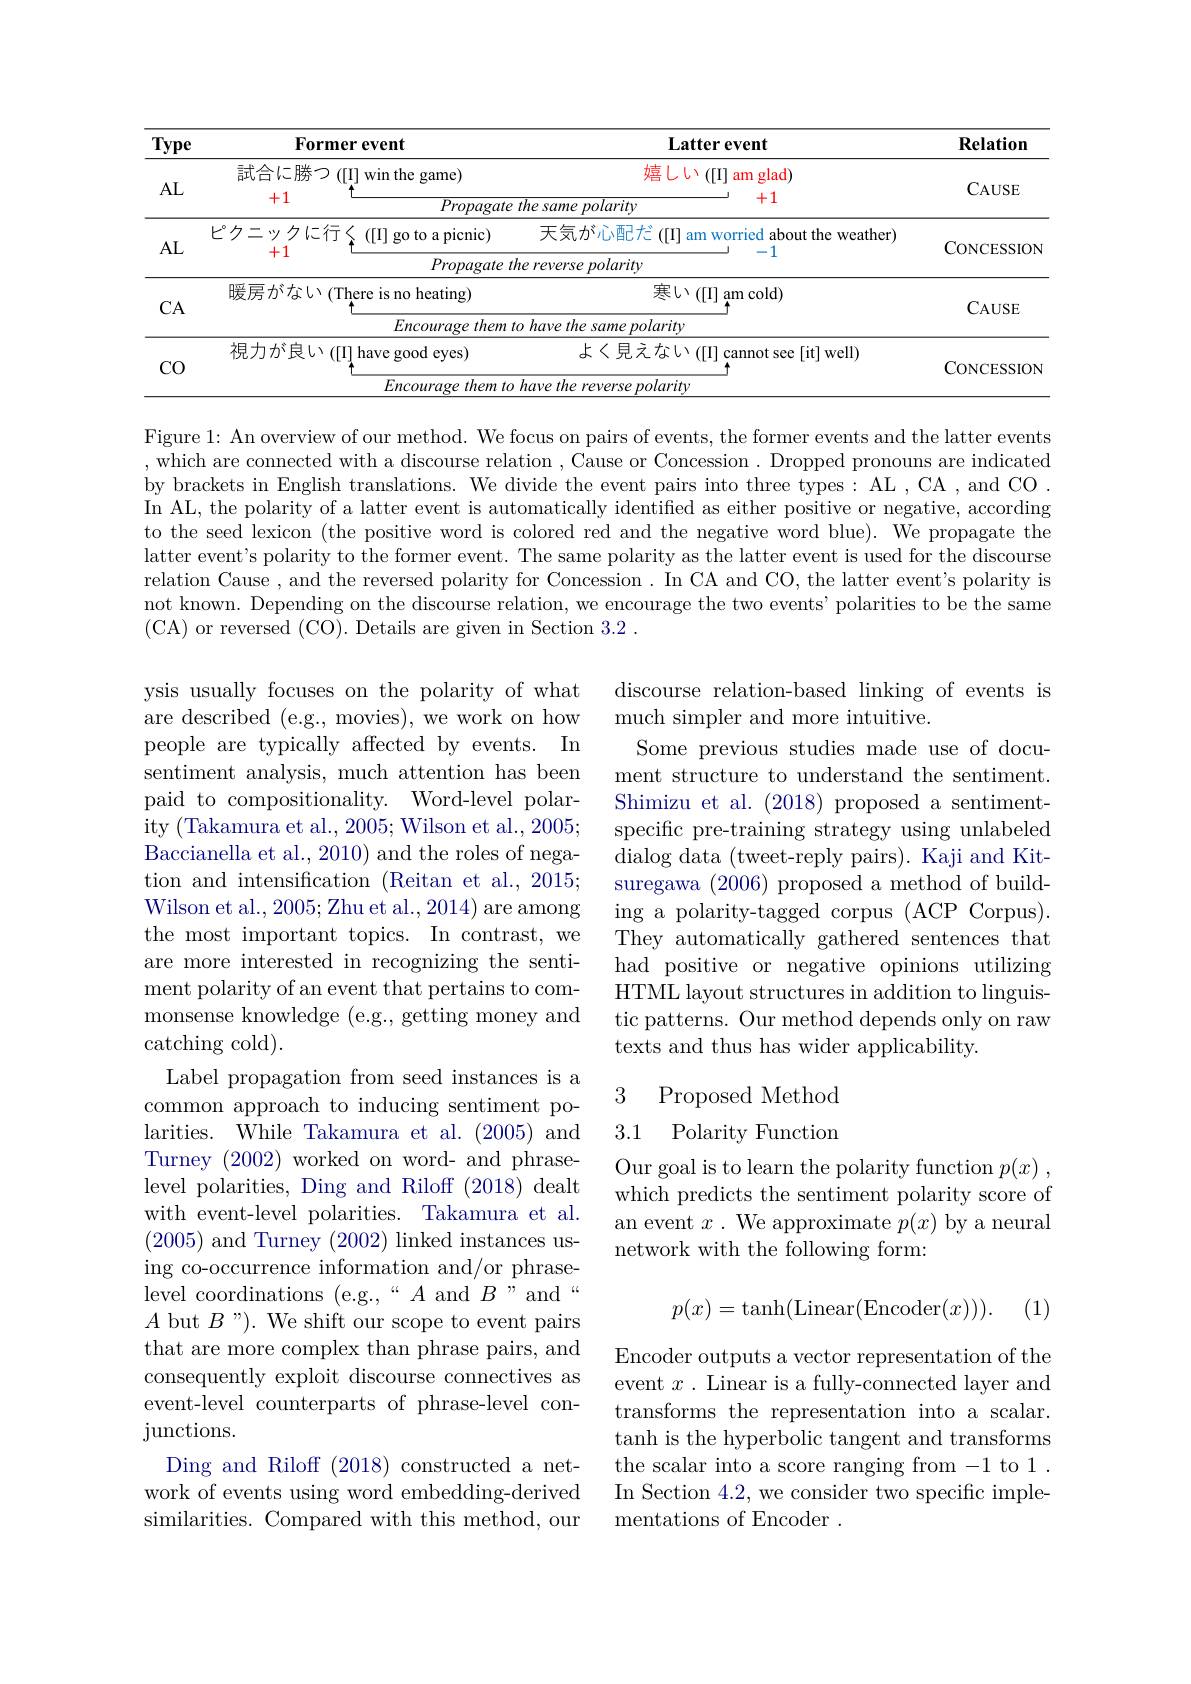
<table>
	<tbody>
		<tr>
			<th>Type</th>
			<th>Former event</th>
			<th>$\textbf{Latter event}$</th>
			<th>$\mathbf{Relation}$</th>
		</tr>
		<tr>
			<td rowspan="3">$AL$</td>
			<td>試合に勝つ([I] win the game)</td>
			<td>嬉しい$([\mathbb{I}]$ ${\mathrm{l~am~glad}}$</td>
			<td> </td>
		</tr>
		<tr>
			<td>試合に勝つ([I]winthe game) +1 Propagate</td>
			<td>嬉しい([I] am glad) +1 $\overline{he\:same\:polarity}$</td>
			<td>CAUSE</td>
		</tr>
		<tr>
			<td>+1 $\overline{Propagate}$</td>
			<td>+1 $\overline{he\:same\:polarity}$</td>
			<td>$AUDD$</td>
		</tr>
		<tr>
			<td rowspan="2">AL</td>
			<td>ピクニックに行く([I]goto a picnic)</td>
			<td>天気が心配だ $\stackrel{=}{\operatorname*{=}}([[]]$ $\frac{e^{\prime}}{e^{\prime}}$ am worried about the weather)</td>
			<td rowspan="2">CONCESSION</td>
		</tr>
		<tr>
			<td>十1 Propagate</td>
			<td>$e\textit{reverse polarity}$</td>
		</tr>
		<tr>
			<td rowspan="2">CA</td>
			<td>暖房がない(There is no heating)</td>
			<td>寒い$([]_{\bullet}$am cold)</td>
			<td rowspan="2">CAUSE</td>
		</tr>
		<tr>
			<td>Encouragethem</td>
			<td>have the same polarity</td>
		</tr>
		<tr>
			<td rowspan="2">CO</td>
			<td>視力が良い$([\Pi]$have good eyes)</td>
			<td>よく見えない([I] cannot see [it] well)</td>
			<td rowspan="2">CONCESSION</td>
		</tr>
		<tr>
			<td>Encouragethemt</td>
			<td>$\omega\nu\epsilon$ aritw</td>
		</tr>
	</tbody>
</table>

Figure 1: An overview of our method. We focus on pairs of events, the former events and the latter events , which are connected with a discourse relation , Cause or Concession . Dropped pronouns are indicated by brackets in English translations. We divide the event pairs into three types: AL , CA , and CO . In AL, the polarity of a latter event is automatically identified as either positive or negative, according to the seed lexicon (the positive word is colored red and the negative word blue). We propagate the latter event's polarity to the former event. The same polarity as the latter event is used for the discourse relation Cause , and the reversed polarity for Concession . In CA and CO, the latter event's polarity is not known. Depending on the discourse relation, we encourage the two events' polarities to be the same (CA) or reversed (CO). Details are given in Section 3.2 .

discourse relation-based linking of events is
much simpler and more intuitive.
Some previous studies made use of document structure to understand the sentiment. Shimizu et al. (2018) proposed a sentimentspecific pre-training strategy using unlabeled dialog data (tweet-reply pairs). Kaji and Kitsuregawa (2006) proposed a method of building a polarity-tagged corpus (ACP Corpus). They automatically gathered sentences that had positive or negative opinions utilizing HTML layout structures in addition to linguistic patterns. Our method depends only on raw texts and thus has wider applicability.

ysis usually focuses on the polarity of what are described (e.g., movies), we work on how people are typically affected by events. In sentiment analysis, much attention has been paid to compositionality. Word-level polarity (Takamura et al., 2005; Wilson et al., 2005; Baccianella et al., 2010) and the roles of negation and intensification (Reitan et al., 2015; Wilson et al., 2005; Zhu et al., 2014) are among the most important topics. In contrast, we are more interested in recognizing the sentiment polarity of an event that pertains to commonsense knowledge (e.g., getting money and catching cold).
Label propagation from seed instances is a common approach to inducing sentiment polarities. While Takamura et al.(2005) and Turney (2002) worked on word- and phraselevel polarities, Ding and Riloff (2018) dealt with event-level polarities. Takamura et al. (2005) and Turney (2002) linked instances using co-occurrence information and/or phraselevel coordinations (e.g.,“A{~and~}B”and“ $A$ but $B$ "). We shift our scope to event pairs that are more complex than phrase pairs, and consequently exploit discourse connectives as event-level counterparts of phrase-level conjunctions.
Ding and Riloff (2018) constructed a network of events using word embedding-derived similarities. Compared with this method, our

# 3 Proposed Method 3.1 Polarity Function

Our goal is to learn the polarity function $p( x)$ , which predicts the sentiment polarity score of an event $x.$ We approximate $p(x)$ by a neural network with the following form:
$$p(x)=\tanh(\mathrm{Linear}(\mathrm{Encoder}(x))).$$
(1)

Encoder outputs a vector representation of the event $x.$ Linear is a fully-connected layer and transforms the representation into a scalar. tanh is the hyperbolic tangent and transforms the scalar into a score ranging from -1 to 1 . In Section 4.2, we consider two specific implementations of Encoder .